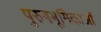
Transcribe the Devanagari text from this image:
पुरुषभूमिकाओं